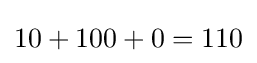
10+100+0=110